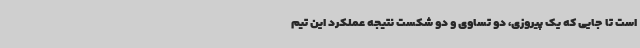
است تا جایی که یک پیروزی، دو تساوی و دو شکست نتیجه عملکرد این تیم